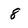
Character: 8